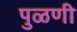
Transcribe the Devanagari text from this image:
पुळणी